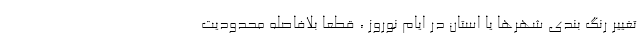
تغییر رنگ بندی شهرها یا استان در ایام نوروز ، قطعا بلافاصله محدودیت